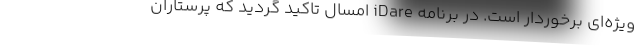
ویژه‌ای برخوردار است. در برنامه iDare امسال تاکید گردید که پرستاران